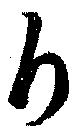
斤